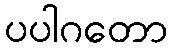
ပပါဂတော